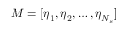
M = [ \boldsymbol { \eta } _ { 1 } , \boldsymbol { \eta } _ { 2 } , \dots , \boldsymbol { \eta } _ { N _ { s } } ]